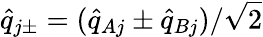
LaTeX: \hat{q}_{j\pm}=(\hat{q}_{Aj}\pm\hat{q}_{Bj})/{\sqrt{2}}